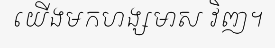
យើងមកហង្សមាស វិញ។